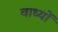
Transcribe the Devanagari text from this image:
वाध्यों